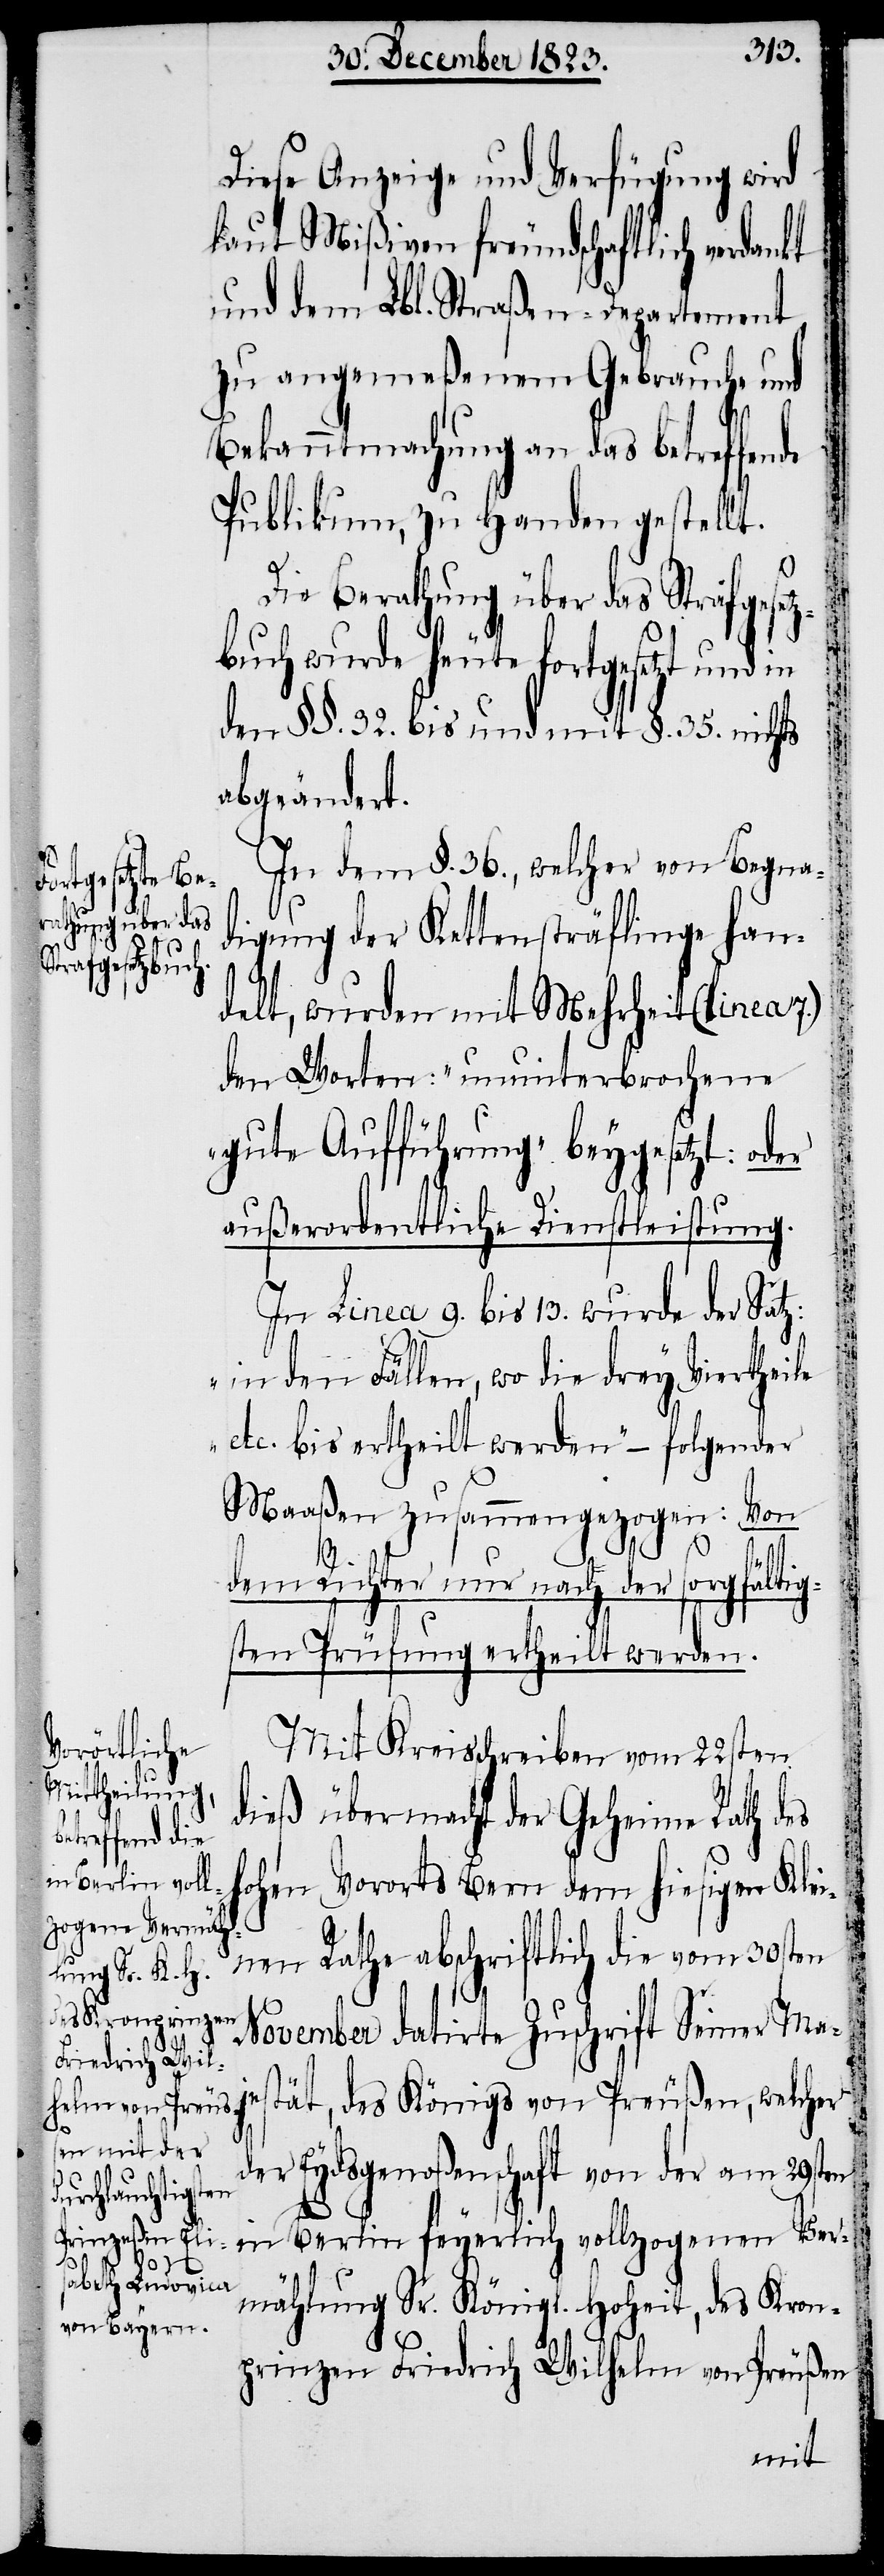
Diese Anzeige und Verfügung wird
laut Mißiven freundschaftlich verdankt
und dem Lbl. Straßen-Departement
zu angemeßenem Gebrauche und
Bekanntmachung an das betreffende
Publikum, zu Handen gestellt.
Die Berathung über das Strafgesetz¬
buch wurde heute fortgesetzt und in
den §§. 32. bis und mit §. 35. nichts
abgeändert.
In dem §. 36., welcher von Begna¬
digung der Kettensträflinge han¬
delt, wurden mit Mehrheit (linea 7.)
den Worten: „ununterbrochene
gute Aufführung“ beygesetzt: oder
außerordentliche Dienstleistung.
In Linea 9. bis 13. wurde der Satz:
„in den Fällen, wo die drey Viertheile
etc. bis ertheilt werden“ – folgender
Maaßen zusammengezogen:
Von
fältig¬
dem Richter nur nach der sorg¬
sten Prüfung ertheilt werden.
Mit Kreisschreiben vom 22sten
dieß übermacht der Geheime Rath des
hohen Vororts Bern dem hiesigen Klei¬
nen Rathe abschriftlich die vom 30sten
November datirte Zuschrift Seiner Maje¬
stät, des Königs von Preußen, welcher
der Eydsgenoßenschaft von der am 29ste¬
n in Berlin feyerlich vollzogenen Ver¬
mählung Sr. Königl. Hoheit, des Kron¬
prinzen Friedrich Wilhelm von Preußen